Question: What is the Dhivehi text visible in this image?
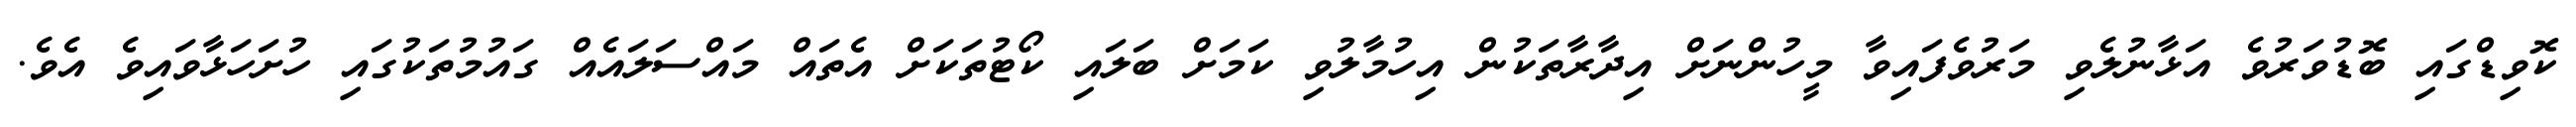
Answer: ކޮވިޑްގައި ބޮޑުވަރުވެ އަޅާނުލެވި މަރުވެފައިވާ މީހުންނަށް އިދާރާތަކުން އިހުމާލުވި ކަމަށް ބަލައި ކޯޓުތަކަށް އެތައް މައްސަލައެއް ގައުމުތަކުގައި ހުށަހަޅާވައިވެ އެވެ.